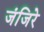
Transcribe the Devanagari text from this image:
जंजिरे